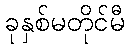
ခုနှစ်မတိုင်မီ